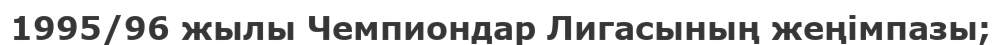
1995/96 жылы Чемпиондар Лигасының жеңімпазы;